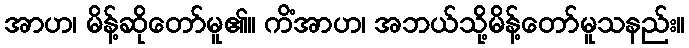
အာဟ၊ မိန့်ဆိုတော်မူ၏။ ကိံအာဟ၊ အဘယ်သို့မိန့်တော်မူသနည်း။